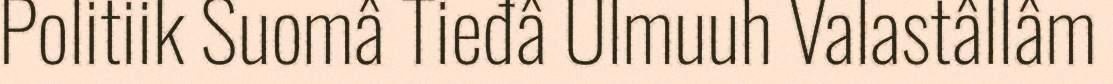
Politiik Suomâ Tieđâ Ulmuuh Valastâllâm